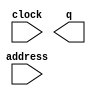
// megafunction wizard: %ROM: 1-PORT%VBB%
// GENERATION: STANDARD
// VERSION: WM1.0
// MODULE: altsyncram 

// ============================================================
// Megafunction Name(s):
// 			altsyncram
//
// Simulation Library Files(s):
// 			altera_mf
// ============================================================
// ************************************************************
// THIS IS A WIZARD-GENERATED FILE. DO NOT EDIT THIS FILE!
//
// 20.1.1 Build 720 11/11/2020 SJ Standard Edition
// ************************************************************

//Copyright (C) 2020  Intel Corporation. All rights reserved.
//Your use of Intel Corporation's design tools, logic functions 
//and other software and tools, and any partner logic 
//functions, and any output files from any of the foregoing 
//(including device programming or simulation files), and any 
//associated documentation or information are expressly subject 
//to the terms and conditions of the Intel Program License 
//Subscription Agreement, the Intel Quartus Prime License Agreement,
//the Intel FPGA IP License Agreement, or other applicable license
//agreement, including, without limitation, that your use is for
//the sole purpose of programming logic devices manufactured by
//Intel and sold by Intel or its authorized distributors.  Please
//refer to the applicable agreement for further details, at
//https://fpgasoftware.intel.com/eula.

module ROM_640p (
	address,
	clock,
	q);

	input	[18:0]  address;
	input	  clock;
	output	[11:0]  q;
`ifndef ALTERA_RESERVED_QIS
// synopsys translate_off
`endif
	tri1	  clock;
`ifndef ALTERA_RESERVED_QIS
// synopsys translate_on
`endif

endmodule

// ============================================================
// CNX file retrieval info
// ============================================================
// Retrieval info: PRIVATE: ADDRESSSTALL_A NUMERIC "0"
// Retrieval info: PRIVATE: AclrAddr NUMERIC "0"
// Retrieval info: PRIVATE: AclrByte NUMERIC "0"
// Retrieval info: PRIVATE: AclrOutput NUMERIC "0"
// Retrieval info: PRIVATE: BYTE_ENABLE NUMERIC "0"
// Retrieval info: PRIVATE: BYTE_SIZE NUMERIC "8"
// Retrieval info: PRIVATE: BlankMemory NUMERIC "0"
// Retrieval info: PRIVATE: CLOCK_ENABLE_INPUT_A NUMERIC "0"
// Retrieval info: PRIVATE: CLOCK_ENABLE_OUTPUT_A NUMERIC "0"
// Retrieval info: PRIVATE: Clken NUMERIC "0"
// Retrieval info: PRIVATE: IMPLEMENT_IN_LES NUMERIC "0"
// Retrieval info: PRIVATE: INIT_FILE_LAYOUT STRING "PORT_A"
// Retrieval info: PRIVATE: INIT_TO_SIM_X NUMERIC "0"
// Retrieval info: PRIVATE: INTENDED_DEVICE_FAMILY STRING "Cyclone V"
// Retrieval info: PRIVATE: JTAG_ENABLED NUMERIC "1"
// Retrieval info: PRIVATE: JTAG_ID STRING "NONE"
// Retrieval info: PRIVATE: MAXIMUM_DEPTH NUMERIC "0"
// Retrieval info: PRIVATE: MIFfilename STRING "../source/fp_2x2_720p.mif"
// Retrieval info: PRIVATE: NUMWORDS_A NUMERIC "345600"
// Retrieval info: PRIVATE: RAM_BLOCK_TYPE NUMERIC "0"
// Retrieval info: PRIVATE: RegAddr NUMERIC "1"
// Retrieval info: PRIVATE: RegOutput NUMERIC "0"
// Retrieval info: PRIVATE: SYNTH_WRAPPER_GEN_POSTFIX STRING "0"
// Retrieval info: PRIVATE: SingleClock NUMERIC "1"
// Retrieval info: PRIVATE: UseDQRAM NUMERIC "0"
// Retrieval info: PRIVATE: WidthAddr NUMERIC "19"
// Retrieval info: PRIVATE: WidthData NUMERIC "12"
// Retrieval info: PRIVATE: rden NUMERIC "0"
// Retrieval info: LIBRARY: altera_mf altera_mf.altera_mf_components.all
// Retrieval info: CONSTANT: ADDRESS_ACLR_A STRING "NONE"
// Retrieval info: CONSTANT: CLOCK_ENABLE_INPUT_A STRING "BYPASS"
// Retrieval info: CONSTANT: CLOCK_ENABLE_OUTPUT_A STRING "BYPASS"
// Retrieval info: CONSTANT: INIT_FILE STRING "../source/fp_2x2_720p.mif"
// Retrieval info: CONSTANT: INTENDED_DEVICE_FAMILY STRING "Cyclone V"
// Retrieval info: CONSTANT: LPM_HINT STRING "ENABLE_RUNTIME_MOD=YES,INSTANCE_NAME=NONE"
// Retrieval info: CONSTANT: LPM_TYPE STRING "altsyncram"
// Retrieval info: CONSTANT: NUMWORDS_A NUMERIC "345600"
// Retrieval info: CONSTANT: OPERATION_MODE STRING "ROM"
// Retrieval info: CONSTANT: OUTDATA_ACLR_A STRING "NONE"
// Retrieval info: CONSTANT: OUTDATA_REG_A STRING "UNREGISTERED"
// Retrieval info: CONSTANT: WIDTHAD_A NUMERIC "19"
// Retrieval info: CONSTANT: WIDTH_A NUMERIC "12"
// Retrieval info: CONSTANT: WIDTH_BYTEENA_A NUMERIC "1"
// Retrieval info: USED_PORT: address 0 0 19 0 INPUT NODEFVAL "address[18..0]"
// Retrieval info: USED_PORT: clock 0 0 0 0 INPUT VCC "clock"
// Retrieval info: USED_PORT: q 0 0 12 0 OUTPUT NODEFVAL "q[11..0]"
// Retrieval info: CONNECT: @address_a 0 0 19 0 address 0 0 19 0
// Retrieval info: CONNECT: @clock0 0 0 0 0 clock 0 0 0 0
// Retrieval info: CONNECT: q 0 0 12 0 @q_a 0 0 12 0
// Retrieval info: GEN_FILE: TYPE_NORMAL ROM_640p.v TRUE
// Retrieval info: GEN_FILE: TYPE_NORMAL ROM_640p.inc FALSE
// Retrieval info: GEN_FILE: TYPE_NORMAL ROM_640p.cmp FALSE
// Retrieval info: GEN_FILE: TYPE_NORMAL ROM_640p.bsf FALSE
// Retrieval info: GEN_FILE: TYPE_NORMAL ROM_640p_inst.v TRUE
// Retrieval info: GEN_FILE: TYPE_NORMAL ROM_640p_bb.v TRUE
// Retrieval info: LIB_FILE: altera_mf